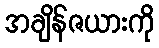
အချိန်ဇယားကို